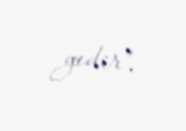
gedir”.